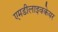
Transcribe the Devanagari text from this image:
एमडीलाइवकेयर